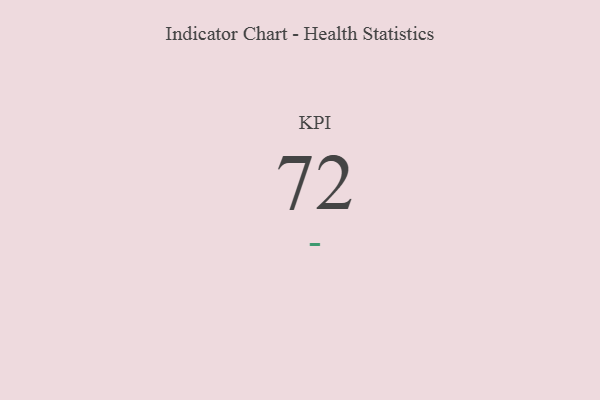
{"axis": {"x": "KPI", "y": "Value"}, "legend": [""], "data": [{"x": "KPI", "y": 72, "type": ""}]}